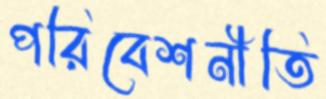
পরিবেশনীতি